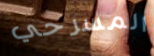
المسرحي